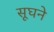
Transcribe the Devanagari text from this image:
सूघने